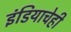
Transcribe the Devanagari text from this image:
इंडियाचेही